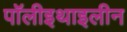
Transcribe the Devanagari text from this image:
पॉलीइथाइलीन